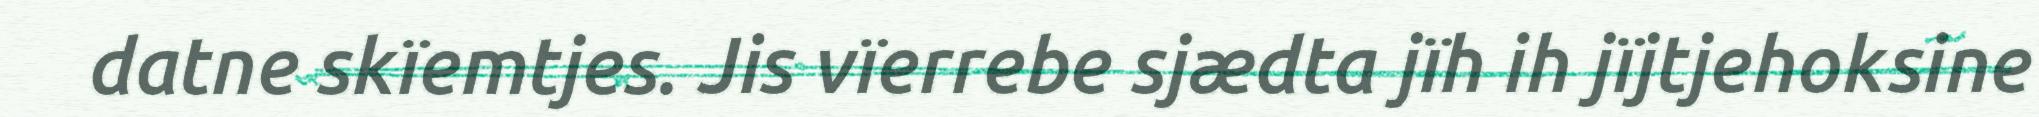
datne skïemtjes. Jis vïerrebe sjædta jïh ih jïjtjehoksine